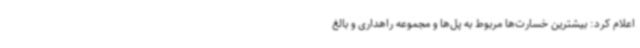
اعلام کرد: بیشترین خسارت‌ها مربوط به پل‌ها و مجموعه راهداری و بالغ